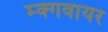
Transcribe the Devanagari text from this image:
म्क्गवायर